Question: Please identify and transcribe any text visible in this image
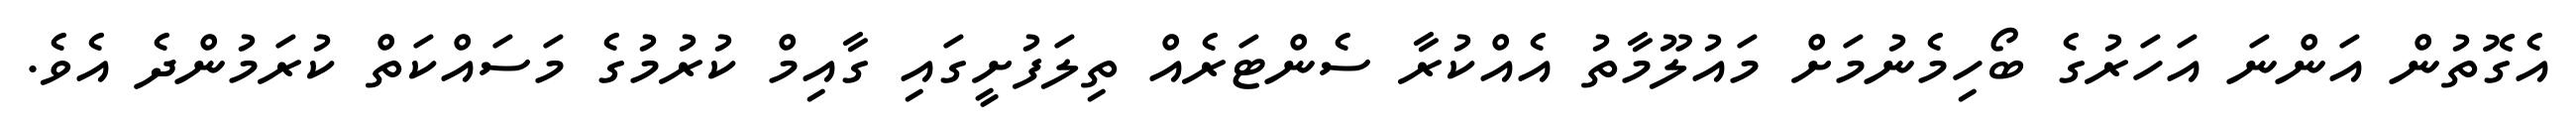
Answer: އެގޮތުން އަންނަ އަހަރުގެ ބޯހިމެނުމަށް މައުލޫމާތު އެއްކުރާ ސެންޓަރެއް ތިލަފުށީގައި ގާއިމް ކުރުމުގެ މަސައްކަތް ކުރަމުންދެ އެވެ.